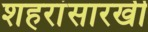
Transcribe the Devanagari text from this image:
शहरांसारखी